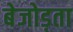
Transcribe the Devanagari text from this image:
बेजोड़ता